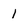
Character: 1